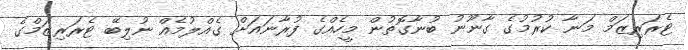
ޓެރަރިޒަމް މަނާ ކުރުމުގެ ގާނޫނު ބުނާގޮތުން މީހެއްގެ ފުރާނައަށް ގެއްލުމެއް ނުލިބޭ ޓެރަރިޒަމްގެ